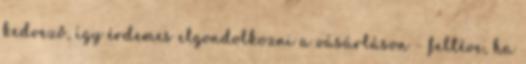
kedvező, így érdemes elgondolkozni a vásárláson – feltéve, ha